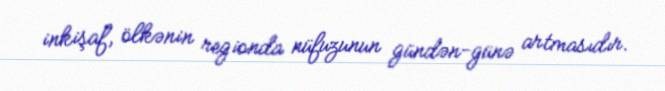
inkişaf, ölkənin regionda nüfuzunun gündən-günə artmasıdır.